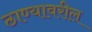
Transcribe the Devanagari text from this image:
ठाण्यावरील